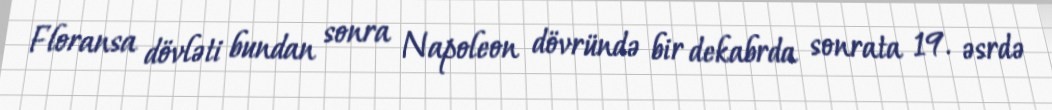
Floransa dövləti bundan sonra Napoleon dövründə bir dekabrda sonrata 19. əsrdə